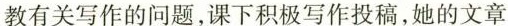
教有关写作的问题，课下积极写作投稿，她的文章